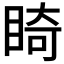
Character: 𥇚